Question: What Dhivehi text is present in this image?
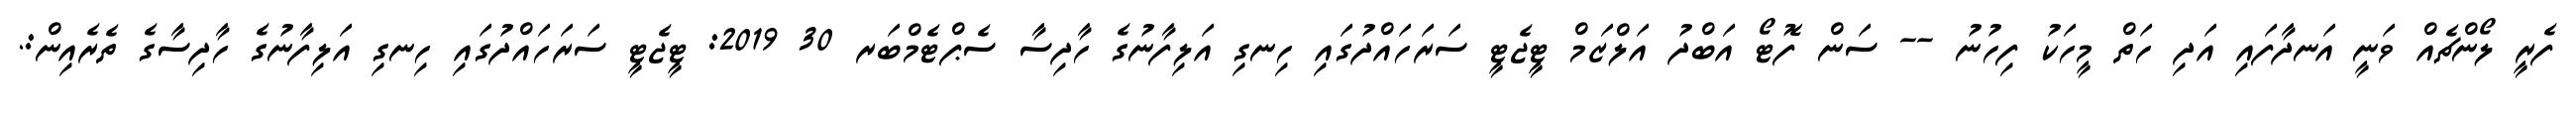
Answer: ފެރީ ލޯންޗެއް ވަނީ އަނދާފައި އަދި ހަތް މީހަކު ފިހުނު -- ސަން ފޮޓޯ އަބްދު އަލްޒަމް ޓީޖެޓީ ސަރަހައްދުގައި ހިނގި އަލިފާނުގެ ހާދިސާ ސެޕްޓެމްބަރ 30 2019: ޓީޖެޓީ ސަރަހައްދުގައި ހިނގި އަލިފާނުގެ ހާދިސާގެ ތެރެއިން:.